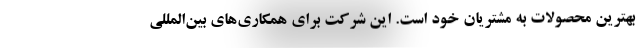
بهترین محصولات به مشتریان خود است. این شرکت برای همکاری‌های بین‌المللی